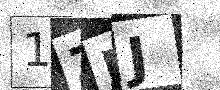
Text: 1ZJJ